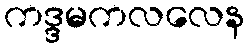
ကဒ္ဒမကလလေန